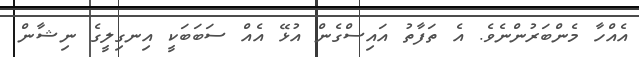
އެއްހާ މެންބަރުންނެވެ. އެ ތަފާތު އައިސްގެން އުޅޭ އެއް ސަބަބަކީ އިނގިލީގެ ނިޝާން